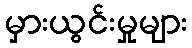
မှားယွင်းမှုများ